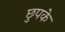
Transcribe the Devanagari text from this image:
छुपके